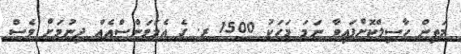
މަތިން ހާސިލްކޮށްފައިވާ ނަމަ މަހަކު 1500 ރ. ގެ އެލަވަންސްއެއް ދިނުމަށް ވެސް